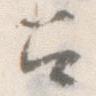
召